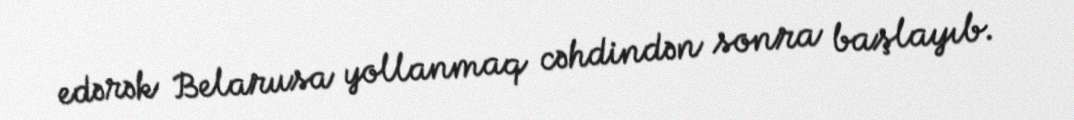
edərək Belarusa yollanmaq cəhdindən sonra başlayıb.